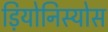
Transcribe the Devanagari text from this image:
ड़ियोनिस्योस